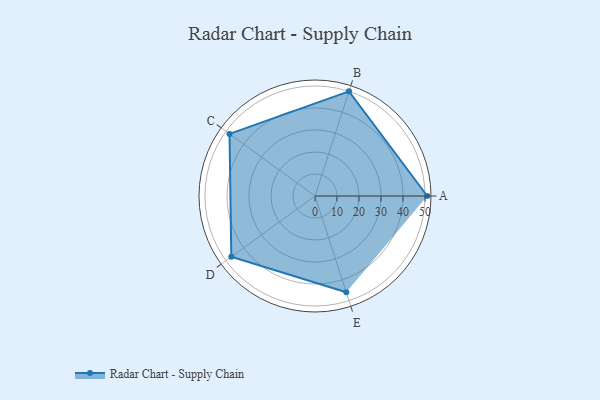
{"axis": {"x": "Skill", "y": "Score"}, "legend": ["Profile"], "data": [{"x": "A", "y": 51.0, "type": "Profile"}, {"x": "B", "y": 50.0, "type": "Profile"}, {"x": "C", "y": 48.0, "type": "Profile"}, {"x": "D", "y": 47.0, "type": "Profile"}, {"x": "E", "y": 46.0, "type": "Profile"}]}